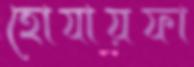
হোযায়ফা